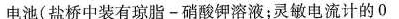
电池(盐桥中装有琼脂-硝酸钾溶液；灵敏电流计的0